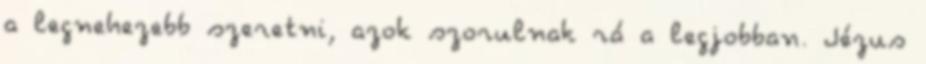
a legnehezebb szeretni, azok szorulnak rá a legjobban. Jézus